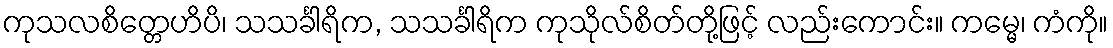
ကုသလစိတ္တေဟိပိ၊ သသင်္ခါရိက, သသင်္ခါရိက ကုသိုလ်စိတ်တို့ဖြင့် လည်းကောင်း။ ကမ္မေ၊ ကံကို။